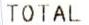
TOTAL